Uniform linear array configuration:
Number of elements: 4
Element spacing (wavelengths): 0.75
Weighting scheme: hamming
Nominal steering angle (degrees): -15
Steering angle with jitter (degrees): -13.995
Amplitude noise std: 0.05
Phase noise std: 0.05

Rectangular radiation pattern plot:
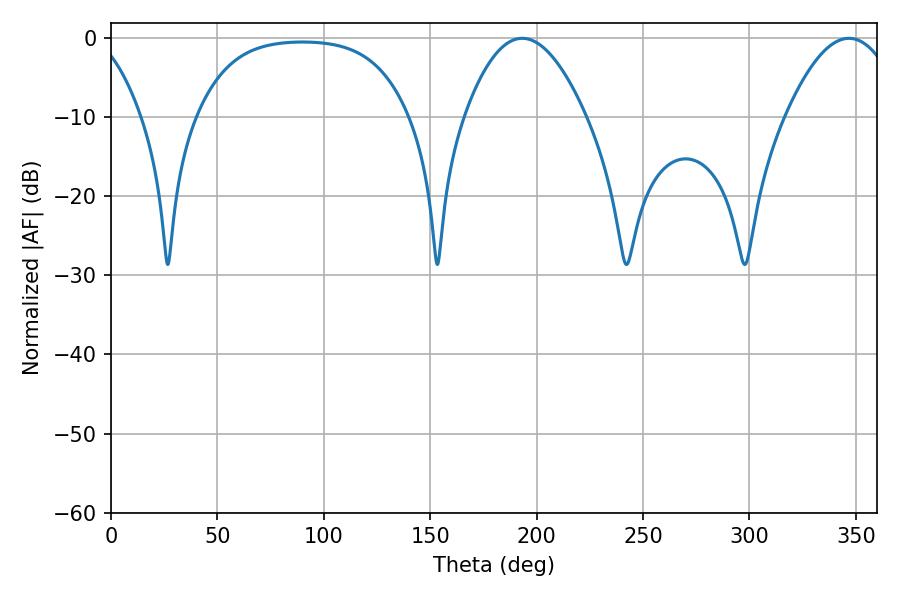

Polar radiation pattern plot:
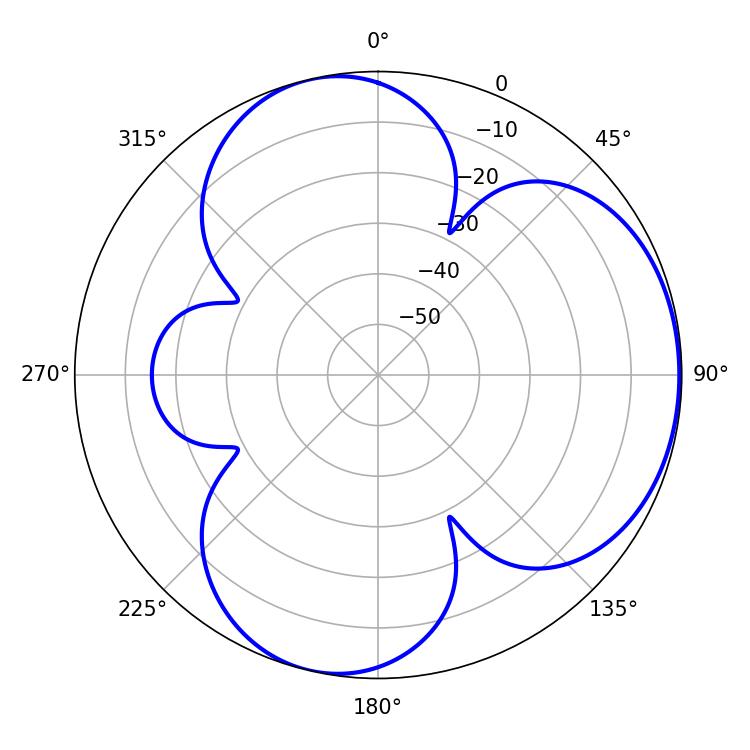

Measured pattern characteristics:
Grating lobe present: TRUE
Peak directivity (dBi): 4.635
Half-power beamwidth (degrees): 31.32
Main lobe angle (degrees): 193.32